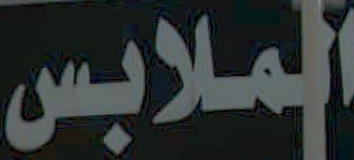
الملابس